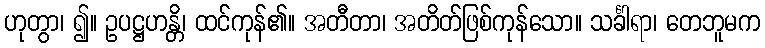
ဟုတွာ၊ ၍။ ဥပဋ္ဌဟန္တိ၊ ထင်ကုန်၏။ အတီတာ၊ အတိတ်ဖြစ်ကုန်သော။ သင်္ခါရာ၊ တေဘူမက